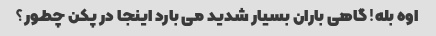
اوه بله! گاهی باران بسیار شدید می بارد اینجا در پکن چطور؟